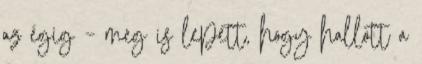
az égig – meg is lepett, hogy hallott a